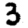
Digit: 3